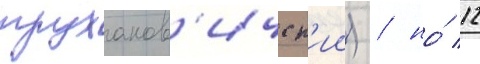
труханов'ичск'ии) / но́ 12